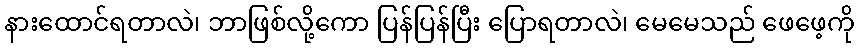
နားထောင်ရတာလဲ၊ ဘာဖြစ်လို့ကော ပြန်ပြန်ပြီး ပြောရတာလဲ၊ မေမေသည် ဖေဖေ့ကို